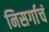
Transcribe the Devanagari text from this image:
निसर्गाचं